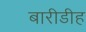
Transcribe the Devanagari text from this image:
बारीडीह